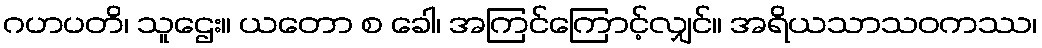
ဂဟပတိ၊ သူဌေး။ ယတော စ ခေါ၊ အကြင်ကြောင့်လျှင်။ အရိယသာသဝကဿ၊